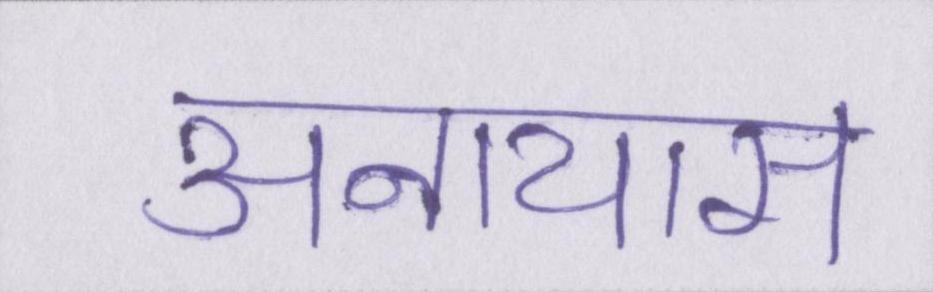
अनायास